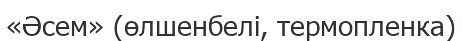
«Әсем» (өлшенбелі, термопленка)